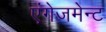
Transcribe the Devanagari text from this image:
एंगेजमेन्ट